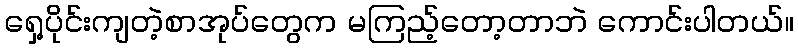
ရှေ့ပိုင်းကျတဲ့စာအုပ်တွေက မကြည့်တော့တာဘဲ ကောင်းပါတယ်။